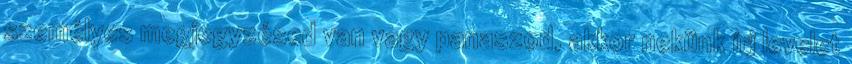
személyes megjegyzésed van vagy panaszod, akkor nekünk írj levelet